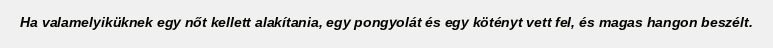
Ha valamelyiküknek egy nőt kellett alakítania, egy pongyolát és egy kötényt vett fel, és magas hangon beszélt.